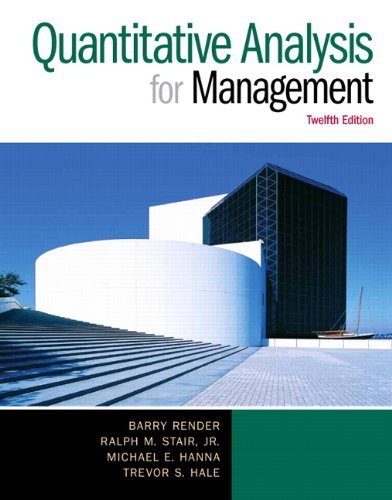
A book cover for Quantitative Analysis for Management (12th Edition); Barry Render; Business & Money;